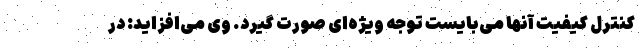
کنترل کیفیت آنها می‌بایست توجه ویژه‌ای صورت گیرد. وی می‌افزاید: در